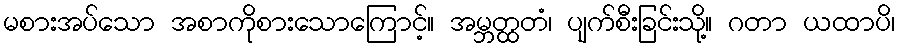
မစားအပ်သော အစာကိုစားသောကြောင့်။ အမ္ဘတ္ထတံ၊ ပျက်စီးခြင်းသို့။ ဂတာ ယထာပိ၊